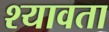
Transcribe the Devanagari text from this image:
श्यावता